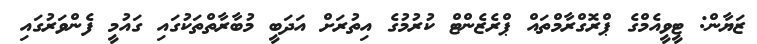
ޒަޔާން: ޓީވީއެމްގެ ޕްރޮގްރާމްތައް ޕްރެޒެންޓް ކުރުމުގެ އިތުރަށް އަދަބީ މުބާރާތްތަކުގައި ގައުމީ ފެންވަރުގައި